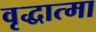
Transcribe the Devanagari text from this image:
वृद्धात्मा